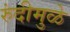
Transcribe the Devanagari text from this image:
रुंदीमुळे